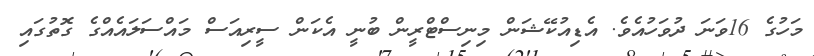
މަހުގެ 16ވަނަ ދުވަހުއެވެ. އެޑިއުކޭޝަން މިނިސްޓްރީން ބުނީ އެކަން ސީރިއަސް މައްސަލައެއްގެ ގޮތުގައި